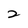
Character: 2